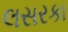
લસરકા